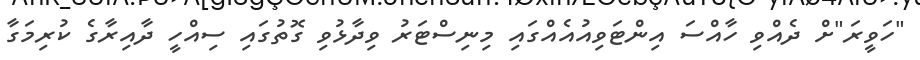
"ހަވީރަ"ށް ދެއްވި ހާއްސަ އިންޓަވިއުއެއްގައި މިނިސްޓަރު ވިދާޅުވި ގޮތުގައި ސިއްހީ ދާއިރާގެ ކުރިމަގާ